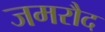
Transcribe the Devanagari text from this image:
जमरौद